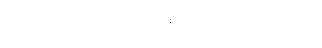
တောတောင်များကို မှုန်ရေးရေးမြင်ရသည်။